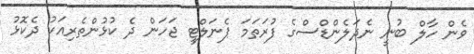
ވެން ހާލް ބުނީ ނެދަލެންޑްސްގެ ފުރަތަމަ ޕެނަލްޓީ ޖަހަން ދެ ކުޅުންތެރިއަކު ދެކޮޅު